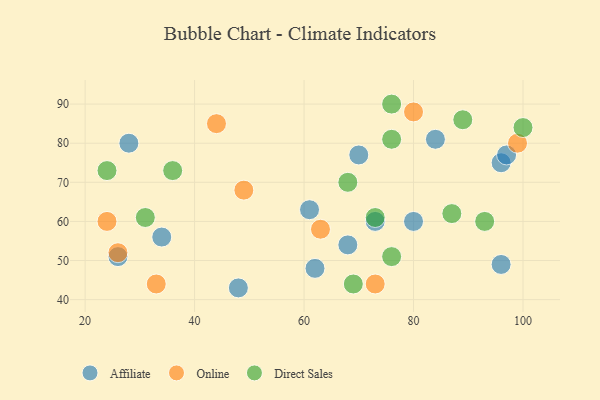
{"axis": {"x": "GDP", "y": "Life Expectancy"}, "legend": ["Affiliate", "Direct Sales", "Online"], "data": [{"x": "73", "y": 60, "type": "Affiliate"}, {"x": "68", "y": 54, "type": "Affiliate"}, {"x": "96", "y": 49, "type": "Affiliate"}, {"x": "96", "y": 75, "type": "Affiliate"}, {"x": "70", "y": 77, "type": "Affiliate"}, {"x": "62", "y": 48, "type": "Affiliate"}, {"x": "61", "y": 63, "type": "Affiliate"}, {"x": "26", "y": 51, "type": "Affiliate"}, {"x": "80", "y": 60, "type": "Affiliate"}, {"x": "48", "y": 43, "type": "Affiliate"}, {"x": "84", "y": 81, "type": "Affiliate"}, {"x": "28", "y": 80, "type": "Affiliate"}, {"x": "34", "y": 56, "type": "Affiliate"}, {"x": "97", "y": 77, "type": "Affiliate"}, {"x": "24", "y": 60, "type": "Online"}, {"x": "99", "y": 80, "type": "Online"}, {"x": "49", "y": 68, "type": "Online"}, {"x": "26", "y": 52, "type": "Online"}, {"x": "33", "y": 44, "type": "Online"}, {"x": "44", "y": 85, "type": "Online"}, {"x": "80", "y": 88, "type": "Online"}, {"x": "63", "y": 58, "type": "Online"}, {"x": "73", "y": 44, "type": "Online"}, {"x": "73", "y": 61, "type": "Direct Sales"}, {"x": "93", "y": 60, "type": "Direct Sales"}, {"x": "69", "y": 44, "type": "Direct Sales"}, {"x": "31", "y": 61, "type": "Direct Sales"}, {"x": "76", "y": 81, "type": "Direct Sales"}, {"x": "76", "y": 51, "type": "Direct Sales"}, {"x": "76", "y": 90, "type": "Direct Sales"}, {"x": "24", "y": 73, "type": "Direct Sales"}, {"x": "100", "y": 84, "type": "Direct Sales"}, {"x": "36", "y": 73, "type": "Direct Sales"}, {"x": "89", "y": 86, "type": "Direct Sales"}, {"x": "87", "y": 62, "type": "Direct Sales"}, {"x": "68", "y": 70, "type": "Direct Sales"}]}